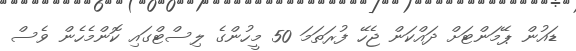
ޑައުން ޕޭމަންޓަށް ދައްކަން ޖެހޭ ފުރަތަމަ 50 މީހުންގެ ލިސްޓްގައި ކޮންމެހެން ވެސް